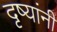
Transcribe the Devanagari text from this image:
दृष्यांनी